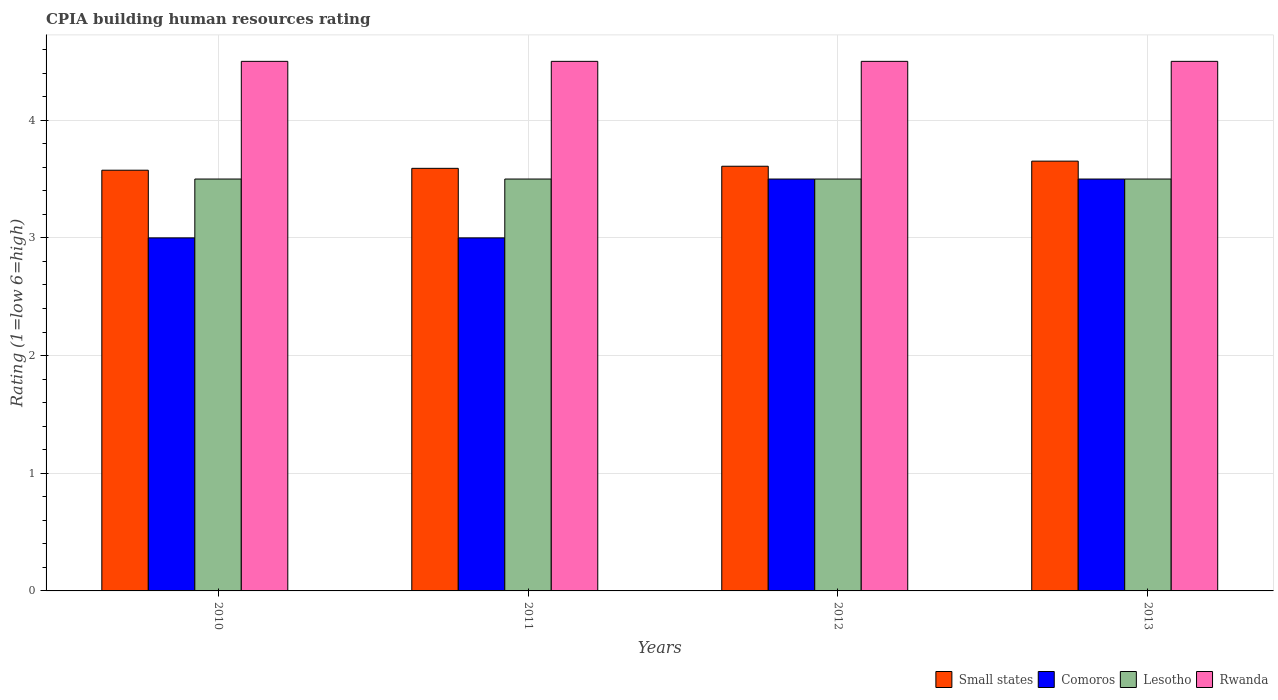
| Years | Small states | Comoros | Lesotho | Rwanda |
 | --- | --- | --- | --- | --- |
 | 2010 | 3.58 | 3 | 3.5 | 4.5 |
 | 2011 | 3.59 | 3 | 3.5 | 4.5 |
 | 2012 | 3.61 | 3.5 | 3.5 | 4.5 |
 | 2013 | 3.65 | 3.5 | 3.5 | 4.5 |